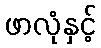
ဖာလုံနှင့်